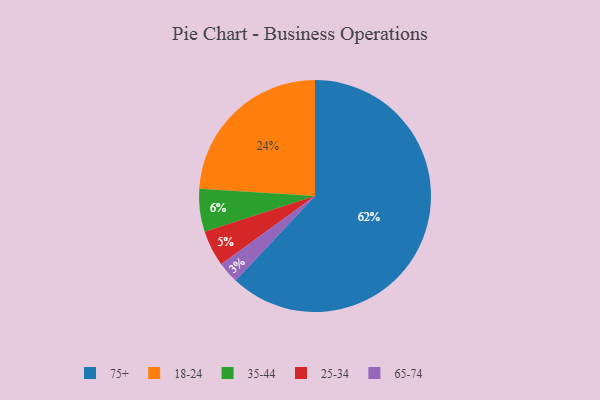
{"axis": {"x": "Category", "y": "Percentage"}, "legend": ["18-24", "25-34", "35-44", "65-74", "75+"], "data": [{"x": "18-24", "y": 24, "type": "18-24"}, {"x": "75+", "y": 62, "type": "75+"}, {"x": "25-34", "y": 5, "type": "25-34"}, {"x": "65-74", "y": 3, "type": "65-74"}, {"x": "35-44", "y": 6, "type": "35-44"}]}